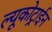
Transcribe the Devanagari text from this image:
ल्यूकोट्राईन